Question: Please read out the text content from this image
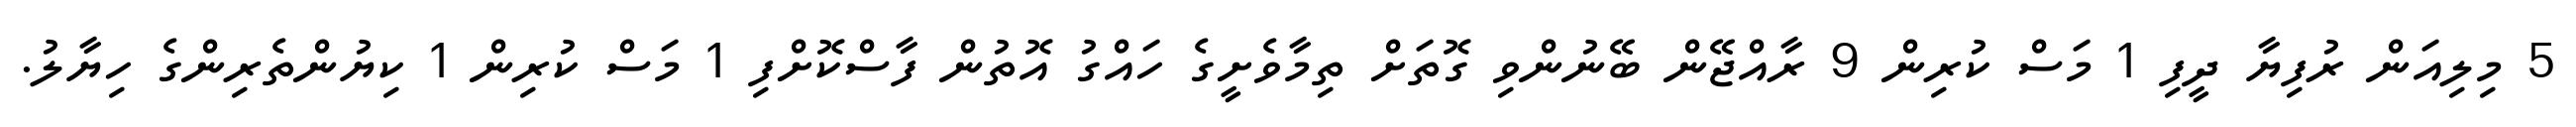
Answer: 5 މިލިއަން ރުފިޔާ ދީފި 1 މަސް ކުރިން 9 ރާއްޖޭން ބޭނުންވި ގޮތަށް ތިމާވެށީގެ ހައްގު އޮތުން ފާސްކޮށްފި 1 މަސް ކުރިން 1 ކިޔުންތެރިންގެ ހިޔާލު.